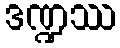
ဒဏ္ဍဿ